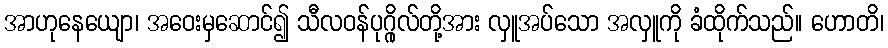
အာဟုနေယျော၊ အဝေးမှဆောင်၍ သီလဝန်ပုဂ္ဂိုလ်တို့အား လှူအပ်သော အလှူကို ခံထိုက်သည်။ ဟောတိ၊